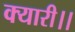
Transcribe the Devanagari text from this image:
क्यारी।।